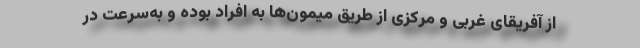
از آفریقای غربی و مرکزی از طریق میمون‌ها به افراد بوده و به‌سرعت در